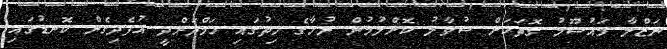
ނަޒްލާ މައުސޫމު ގޮތަކަށް ސުވާލު ކޮށްލުމުން ނުހާގެ ހިތުގައި ހަމްދަރްދީ އުފެދިގެން ކޮނޑުގައި